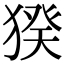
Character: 猤